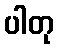
ပါတု